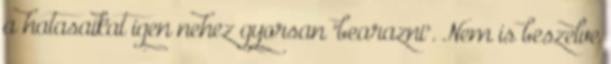
a hatasaikat igen nehez gyorsan "bearazni". Nem is beszelve